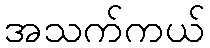
အသက်ကယ်